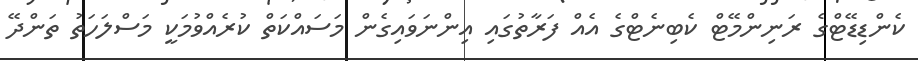
ކެންޑިޑޭޓްގެ ރަނިންމޭޓް ކެބިނެޓްގެ އެއް ފަރާތުގައި އިންނަވައިގެން މަސައްކަތް ކުރެއްވުމަކީ މަސްލަހަތު ތަންދޭ